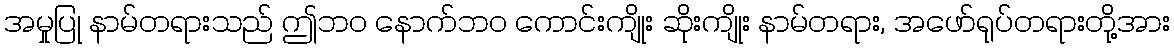
အမှုပြု နာမ်တရားသည် ဤဘဝ နောက်ဘဝ ကောင်းကျိုး ဆိုးကျိုး နာမ်တရား, အဖော်ရုပ်တရားတို့အား